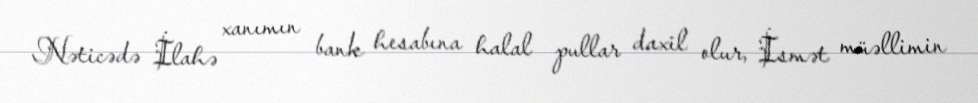
Nəticədə İlahə xanımın bank hesabına halal pullar daxil olur, İsmət müəllimin